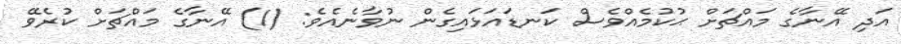
އަދި އޭނާގެ މައްޗަށް ޙުކުމެއްވެސް ކަނޑައަޅައިގެން ނުވާނެއެވެ: (1) އޭނާގެ މައްޗަށް ކުރެވޭ